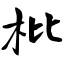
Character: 枇